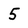
Character: 5